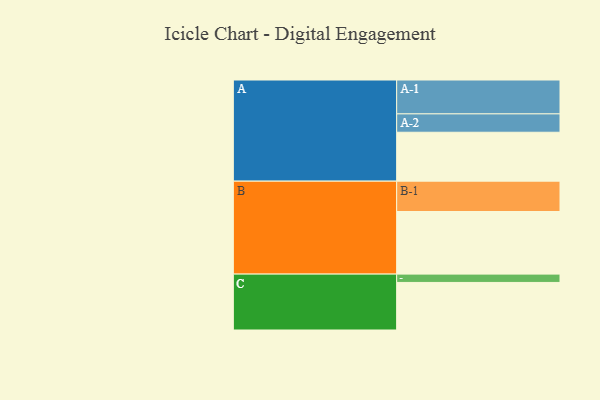
{"axis": {"x": "Segment", "y": "Value"}, "legend": ["", "A", "B", "C"], "data": [{"x": "A", "y": 429, "type": ""}, {"x": "B", "y": 549, "type": ""}, {"x": "C", "y": 417, "type": ""}, {"x": "A-1", "y": 297, "type": "A"}, {"x": "A-2", "y": 161, "type": "A"}, {"x": "B-1", "y": 266, "type": "B"}, {"x": "C-1", "y": 73, "type": "C"}]}